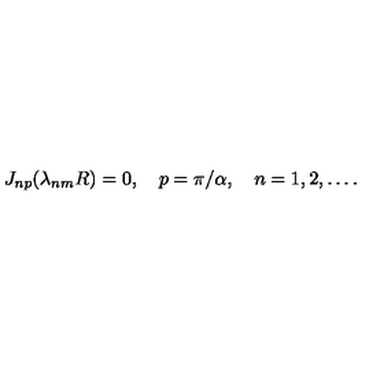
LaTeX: J _ { n p } ( \lambda _ { n m } R ) = 0 , \quad p = \pi / \alpha , \quad n = 1 , 2 , \ldots { . }